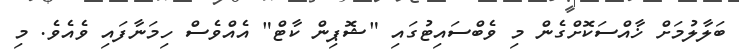
ބަލާލުމަށް ޚާއްސަކޮށްގެން މި ވެބްސައިޓުގައި "ޝޮޕިން ކާޓް" އެއްވެސް ހިމަނާފައި ވެއެވެ. މި